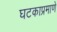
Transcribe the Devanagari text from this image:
घटकाप्रमाणे